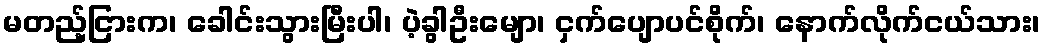
မတည့်ငြားက၊ ခေါင်းသွားမြီးပါ၊ ပဲ့ခွါဦးမျော၊ ငှက်ပျောပင်စိုက်၊ နောက်လိုက်ငယ်သား၊